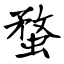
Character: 蝥